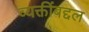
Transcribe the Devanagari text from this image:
व्यक्तींबद्दल